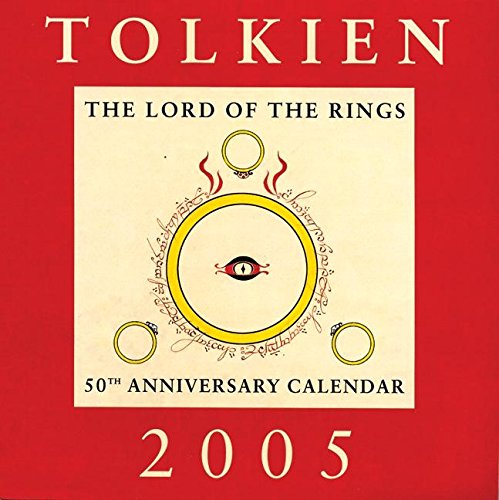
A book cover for Tolkien Calendar 2005: The Lord of the Rings 50th Anniversary Calendar; J. R. R. Tolkien; Calendars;